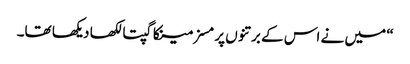
“ میں نے اس کے برتنوں پر مسز مینکا گپتا لکھا دیکھا تھا۔